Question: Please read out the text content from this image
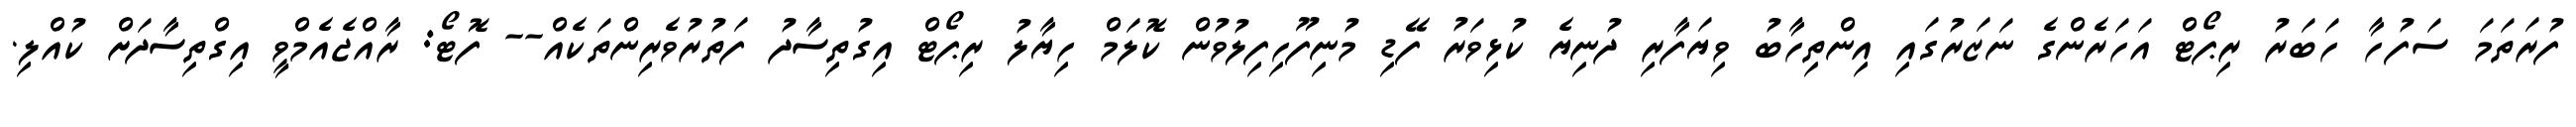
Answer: ފުރަތަމަ ސަފުހާ ހަބަރު ރިޕޯޓް އަހަރެންގެ ނަޒަރުގައި އިންތިހާބު ވިޔަފާރި ދުނިޔެ ކުޅިވަރު ފޭޑި މުނިފޫހިފިލުވުން ކޮލަމް ހިޔާލު ރިޕޯޓް އިގުތިސާދު ފަތުރުވެރިންތަކެއް-- ފޮޓޯ: ރާއްޖެއެމްވީ އިގްތިސާދަށް ކުއްލި.